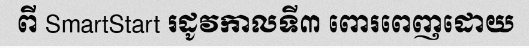
ពី SmartStart រដូវកាលទី៣ ពោរពេញដោយ